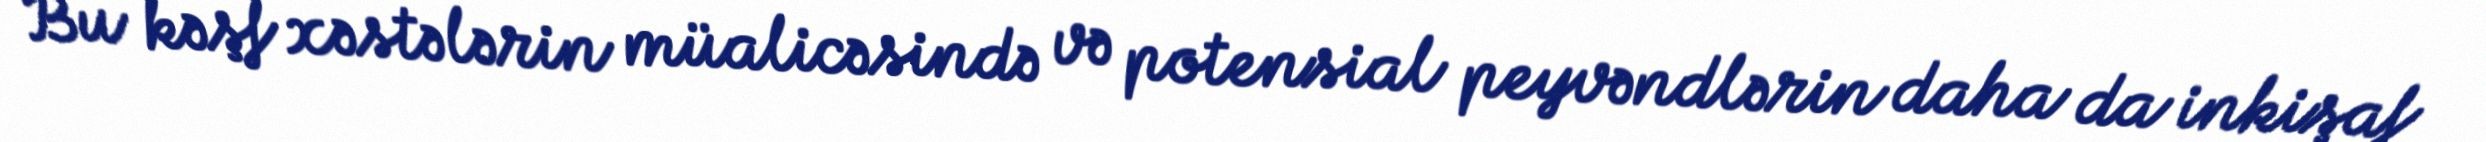
Bu kəşf xəstələrin müalicəsində və potensial peyvəndlərin daha da inkişaf